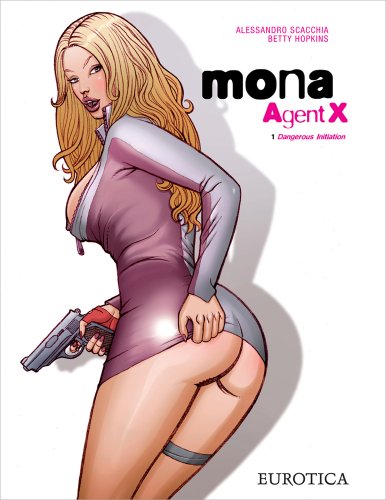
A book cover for Mona, Agent X, vol.1: Dangerous Initiation; Betty Hopkins; Comics & Graphic Novels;